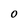
Character: O